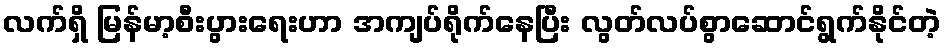
လက်ရှိ မြန်မာ့စီးပွားရေးဟာ အကျပ်ရိုက်နေပြီး လွတ်လပ်စွာဆောင်ရွက်နိုင်တဲ့